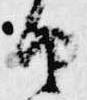
由